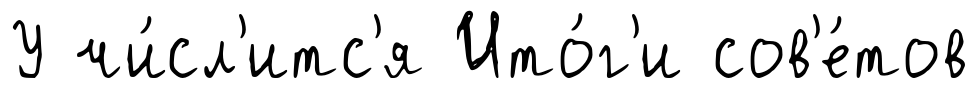
У чи́сл'итс'я Ито́г'и сов'е́тов